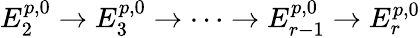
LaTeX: E_{2}^{p,0}\to E_{3}^{p,0}\to\dots\to E_{r-1}^{p,0}\to E_{r}^{p,0}